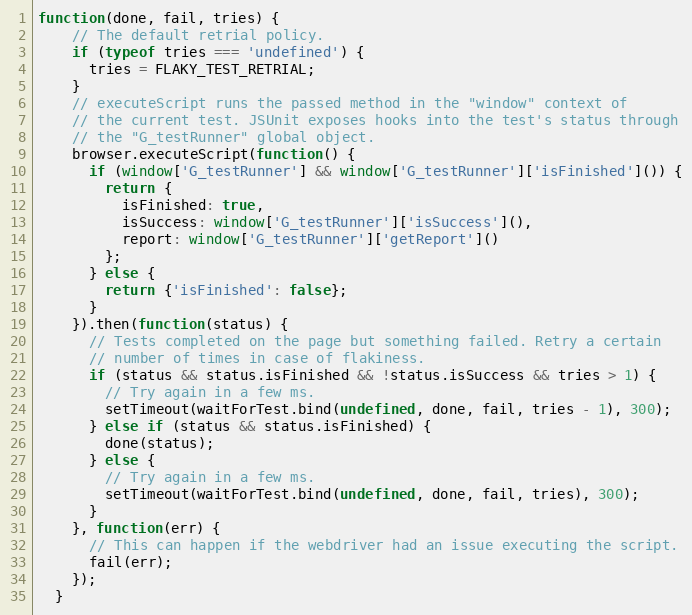
Language: JavaScript
function(done, fail, tries) {
    // The default retrial policy.
    if (typeof tries === 'undefined') {
      tries = FLAKY_TEST_RETRIAL;
    }
    // executeScript runs the passed method in the "window" context of
    // the current test. JSUnit exposes hooks into the test's status through
    // the "G_testRunner" global object.
    browser.executeScript(function() {
      if (window['G_testRunner'] && window['G_testRunner']['isFinished']()) {
        return {
          isFinished: true,
          isSuccess: window['G_testRunner']['isSuccess'](),
          report: window['G_testRunner']['getReport']()
        };
      } else {
        return {'isFinished': false};
      }
    }).then(function(status) {
      // Tests completed on the page but something failed. Retry a certain
      // number of times in case of flakiness.
      if (status && status.isFinished && !status.isSuccess && tries > 1) {
        // Try again in a few ms.
        setTimeout(waitForTest.bind(undefined, done, fail, tries - 1), 300);
      } else if (status && status.isFinished) {
        done(status);
      } else {
        // Try again in a few ms.
        setTimeout(waitForTest.bind(undefined, done, fail, tries), 300);
      }
    }, function(err) {
      // This can happen if the webdriver had an issue executing the script.
      fail(err);
    });
  }